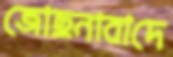
জোছনাবাদে